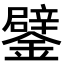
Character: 鐾